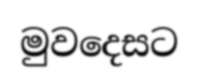
මුවදෙසට